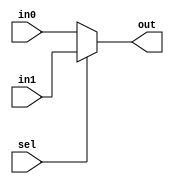

`timescale 1ns/1ps
module mux_8b (in0, in1, sel, out);
	
	input [7:0] in0, in1;
	input sel;
	output [7:0] out;

assign out = (sel) ? in1 : in0;

endmodule